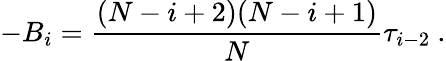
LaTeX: -B_{i}={\frac{(N-i+2)(N-i+1)}{N}}\tau_{i-2}\ .